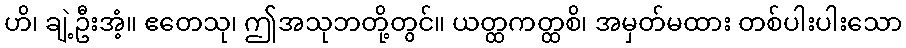
ဟိ၊ ချဲ့ဦးအံ့။ ဧတေသု၊ ဤအသုဘတို့တွင်။ ယတ္ထကတ္ထစိ၊ အမှတ်မထား တစ်ပါးပါးသော